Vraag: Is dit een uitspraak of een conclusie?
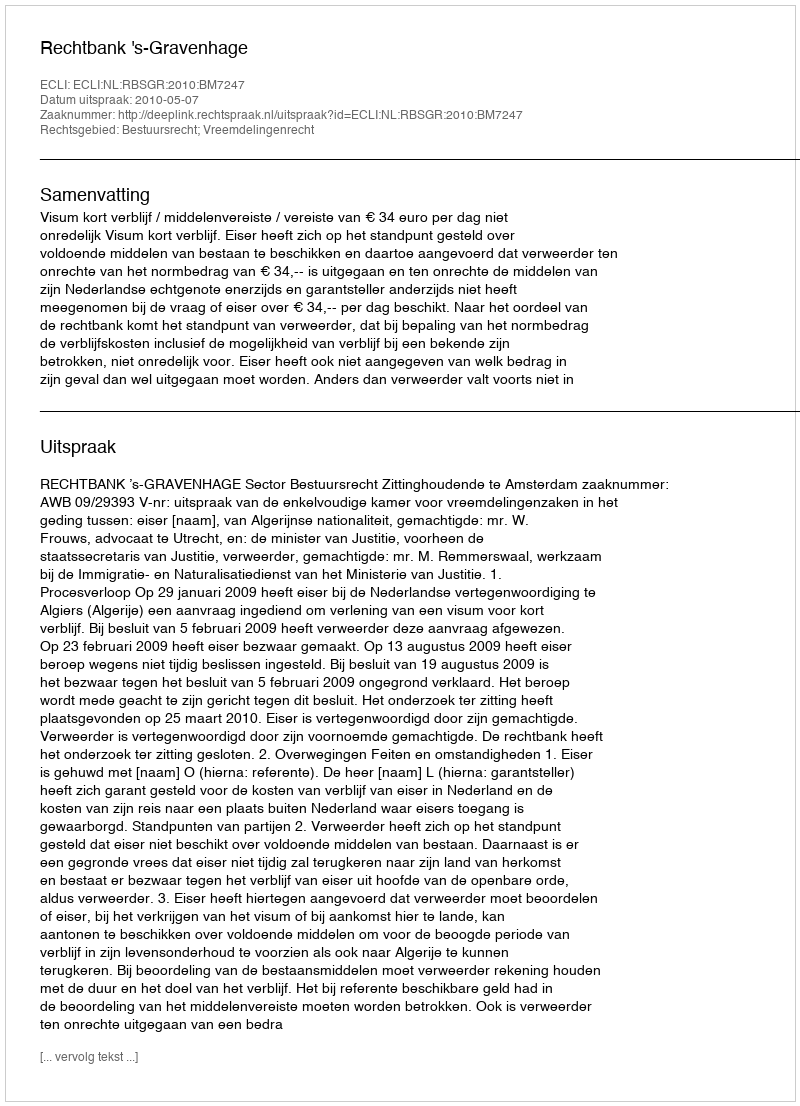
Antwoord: Uitspraak